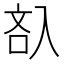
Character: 𠓬